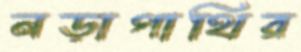
নড়াগাথির